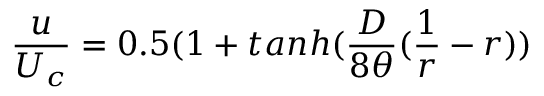
\frac { u } { U _ { c } } = 0 . 5 ( 1 + t a n h ( \frac { D } { 8 \theta } ( \frac { 1 } { r } - r ) )